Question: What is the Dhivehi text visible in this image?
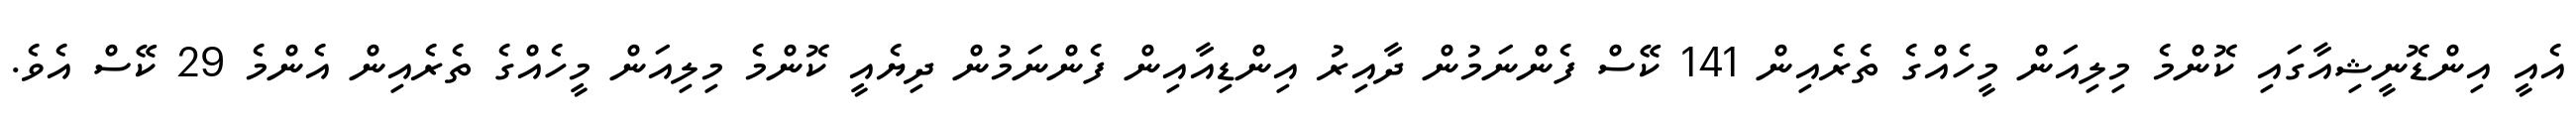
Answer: އެއީ އިންޑޮނީޝިއާގައި ކޮންމެ މިލިއަން މީހެއްގެ ތެރެއިން 141 ކޭސް ފެންނަމުން ދާއިރު އިންޑިއާއިން ފެންނަމުން ދިޔެއީ ކޮންމެ މިލިއަން މީހެއްގެ ތެރެއިން އެންމެ 29 ކޭސް އެވެ.